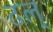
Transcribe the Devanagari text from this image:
ढल्